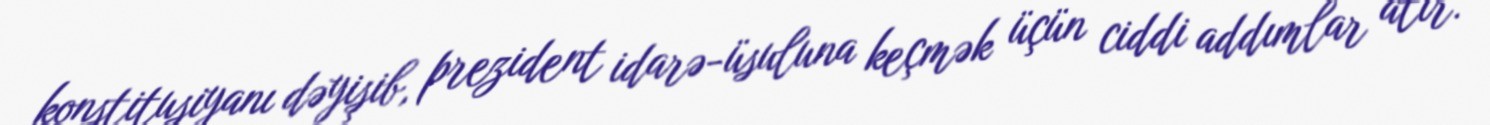
konstitusiyanı dəyişib, prezident idarə-üsuluna keçmək üçün ciddi addımlar atır.